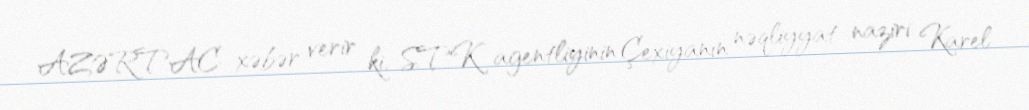
AZƏRTAC xəbər verir ki, STK agentliyinin Çexiyanın nəqliyyat naziri Karel